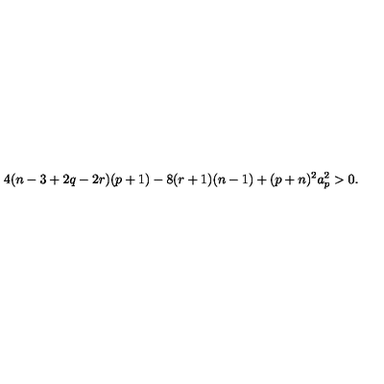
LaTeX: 4 ( n - 3 + 2 q - 2 r ) ( p + 1 ) - 8 ( r + 1 ) ( n - 1 ) + ( p + n ) ^ { 2 } a _ { p } ^ { 2 } > 0 .